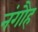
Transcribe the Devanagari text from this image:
नंगौह